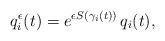
LaTeX: \begin{align*} q_i^{\epsilon}(t) = e^ {\epsilon S(\gamma_i(t))} \,q_i(t),\end{align*}